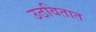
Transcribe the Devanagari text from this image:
उठवितात